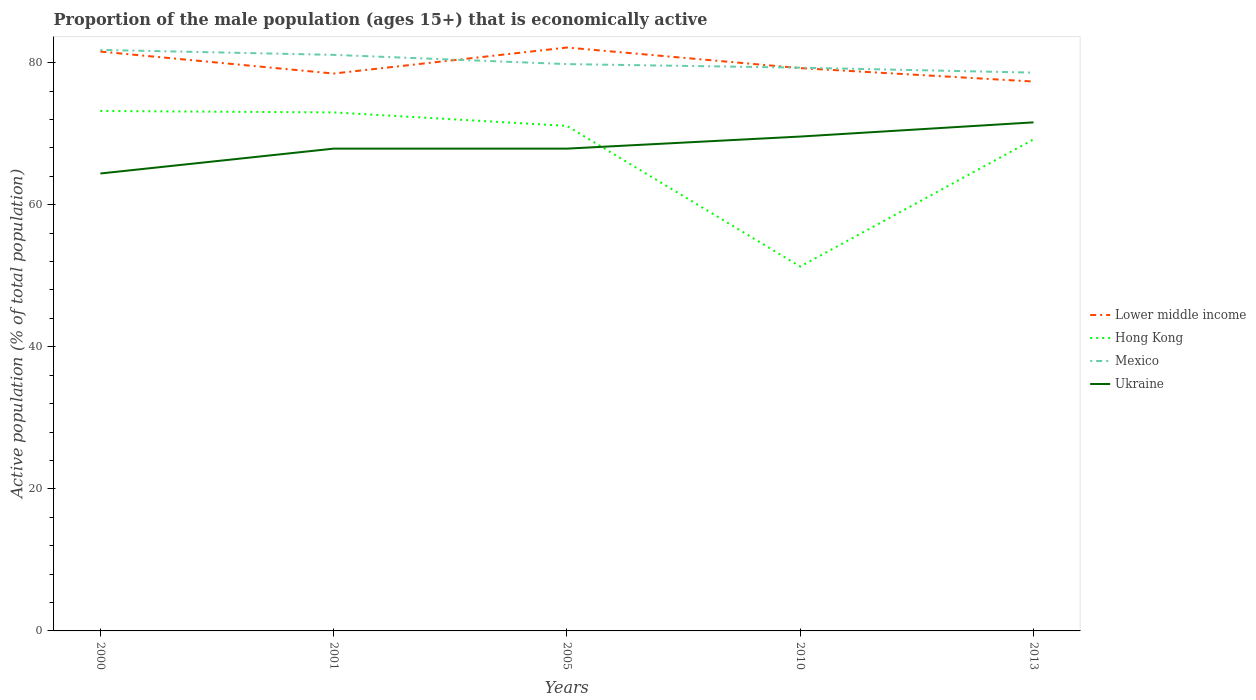
| Years | Lower middle income | Hong Kong | Mexico | Ukraine |
 | --- | --- | --- | --- | --- |
 | 2000 | 81.6 | 73.2 | 81.8 | 64.4 |
 | 2001 | 78.5 | 73 | 81.1 | 67.9 |
 | 2005 | 82.1 | 71.1 | 79.8 | 67.9 |
 | 2010 | 79.2 | 51.3 | 79.3 | 69.6 |
 | 2013 | 77.3 | 69.2 | 78.6 | 71.6 |